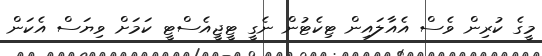
މީގެ ކުރިން ވެސް އެއާލައިން ޓިކެޓުން ނެގީ ޓީޖީއެސްޓީ ކަމަށް ވިޔަސް އެކަން